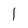
Character: I